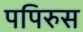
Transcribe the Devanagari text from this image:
पपिरुस